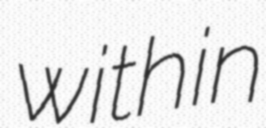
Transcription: within